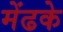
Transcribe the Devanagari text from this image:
मेंढके